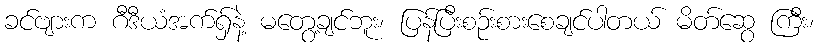
ခင်ဗျားက ဂီဒီယံအက်ရှ်နဲ့ မတွေ့ချင်ဘူး၊ ပြန်ပြီးစဉ်းစားစေချင်ပါတယ် မိတ်ဆွေ ကြီး၊